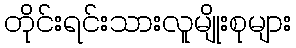
တိုင်းရင်းသားလူမျိုးစုများ